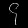
Digit: ၄